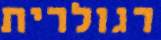
רגולרית